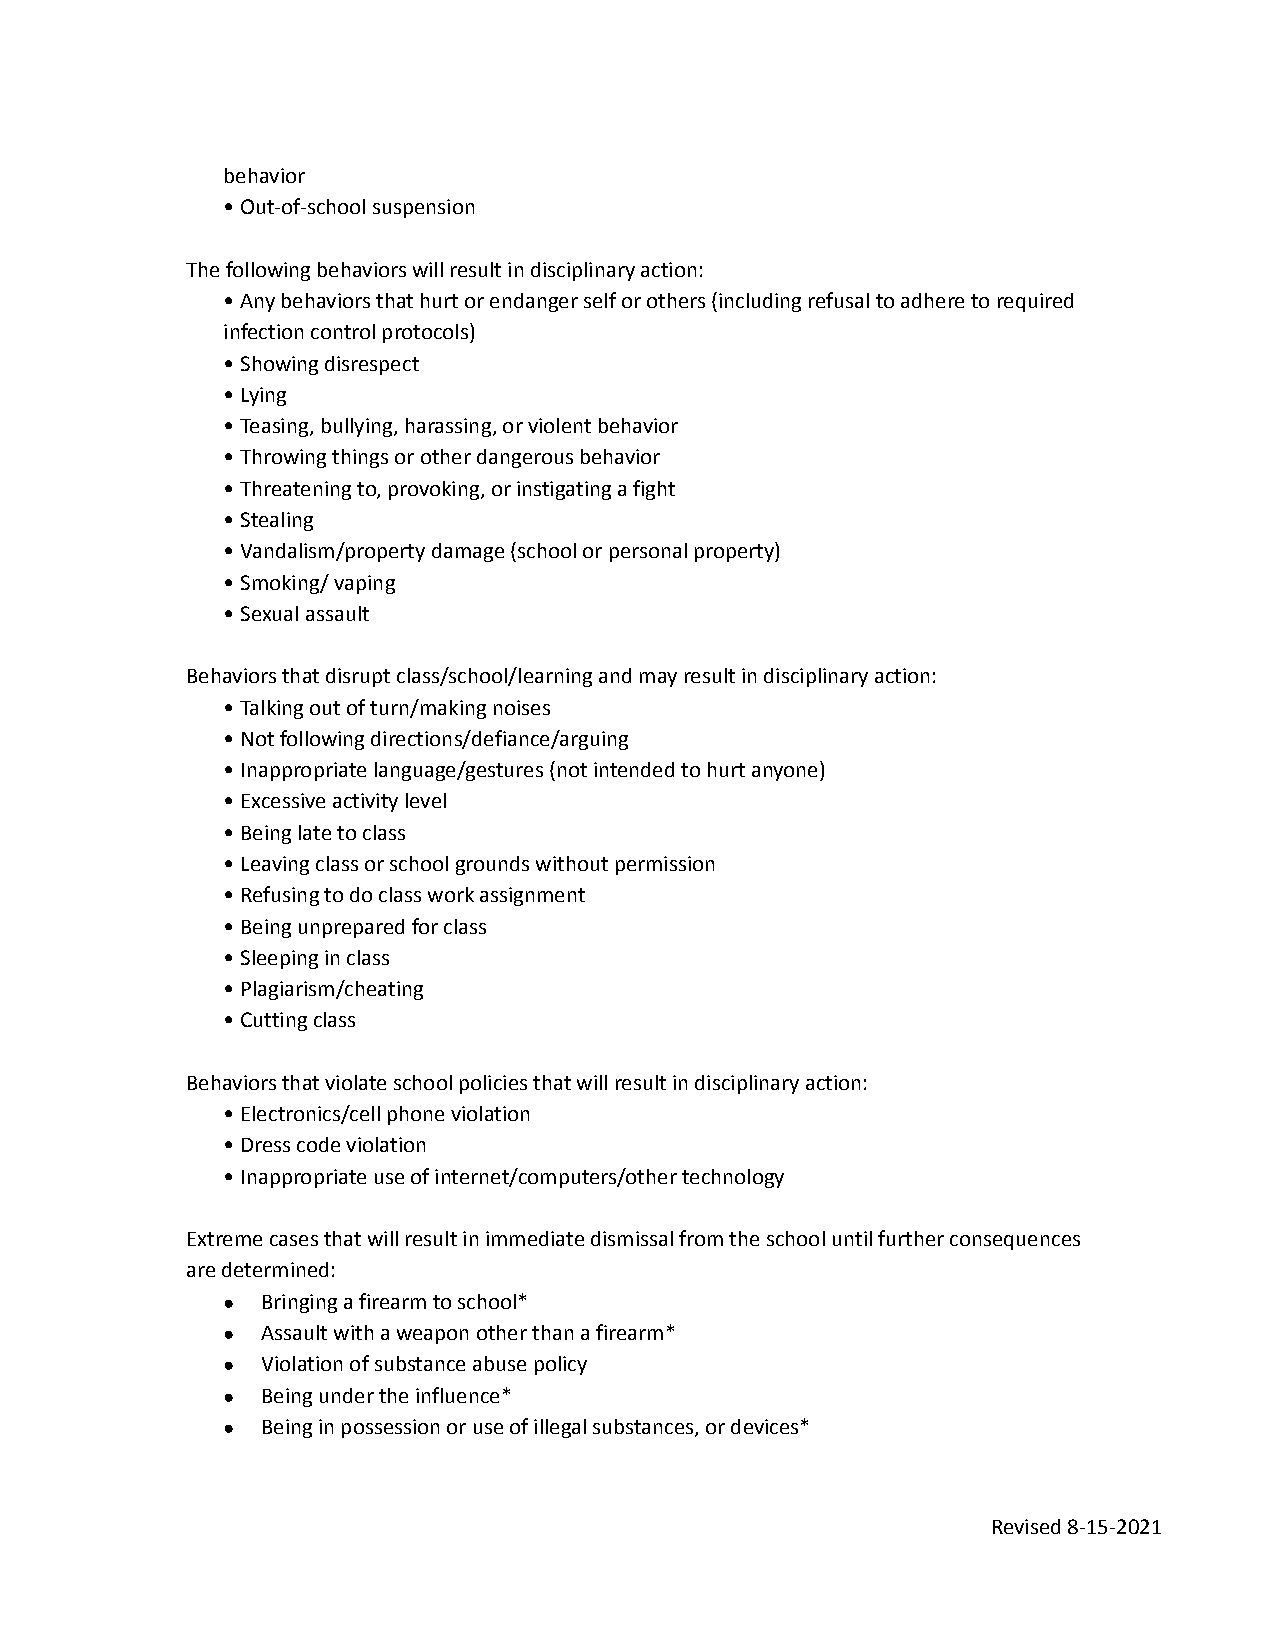
behavior
 • Out-of-school suspension
 The following behaviors will result in disciplinaryaction:
 • Any behaviors that hurt or endanger self or others(including refusal to adhere to required
 infection control protocols)
 • Showing disrespect
 • Lying
 • Teasing, bullying, harassing, or violent behavior
 • Throwing things or other dangerous behavior
 • Threatening to, provoking, or instigating a fight
 • Stealing
 • Vandalism/property damage (school or personal property)
 • Smoking/ vaping
 • Sexual assault
 Behaviors that disrupt class/school/learning and mayresult in disciplinary action:
 • Talking out of turn/making noises
 • Not following directions/defiance/arguing
 • Inappropriate language/gestures (not intended tohurt anyone)
 • Excessive activity level
 • Being late to class
 • Leaving class or school grounds without permission
 • Refusing to do class work assignment
 • Being unprepared for class
 • Sleeping in class
 • Plagiarism/cheating
 • Cutting class
 Behaviors that violate school policies that will resultin disciplinary action:
 • Electronics/cell phone violation
 • Dress code violation
 • Inappropriate use of internet/computers/other technology
 Extreme cases that will result in immediate dismissalfrom the school until further consequences
 are determined:
 ● Bringing a firearm to school*
 ● Assault with a weapon other than a firearm*
 ● Violation of substance abuse policy
 ● Being under the influence*
 ● Being in possession or use of illegal substances,or devices*
 Revised 8-15-2021